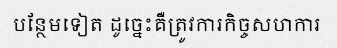
បន្ថែមទៀត ដូច្នេះគឺត្រូវការកិច្ចសហការ